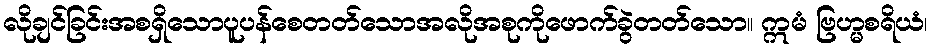
လိုချင်ခြင်းအစရှိသောပူပန်စေတတ်သောအလိုအစုကိုဖောက်ခွဲတတ်သော။ ဣမံ ဗြဟ္မစရိယံ၊